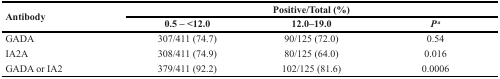
| <ROWSPAN=2> Antibody | <COLSPAN=3> Positive/Total (%) |
 | 0.5 – <12.0 | 12.0–19.0 | Pa |
 | --- | --- | --- | --- |
 | GADA | 307/411 (74.7) | 90/125 (72.0) | 0.54 |
 | IA2A | 308/411 (74.9) | 80/125 (64.0) | 0.016 |
 | GADA or IA2 | 379/411 (92.2) | 102/125 (81.6) | 0.0006 |